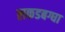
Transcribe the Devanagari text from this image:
लकडबग्घा